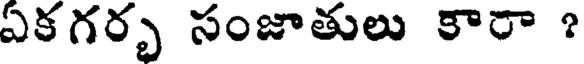
ఏకగర్భ సంజాతులు కారా ?